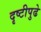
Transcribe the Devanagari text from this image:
दृष्टीपुढे